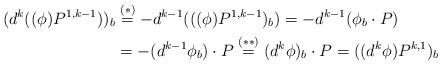
\begin{align*}(d^k((\phi) P^{1,k-1}))_b &\overset{(\ast)}{=} - d^{k-1}(((\phi)P^{1,k-1})_b) =- d^{k-1}(\phi_b \cdot P)\\& =- (d^{k-1}\phi_b ) \cdot P \overset{(\ast\ast)}{=} (d^k \phi)_b \cdot P = ((d^k \phi)P^{k,1})_b\end{align*}